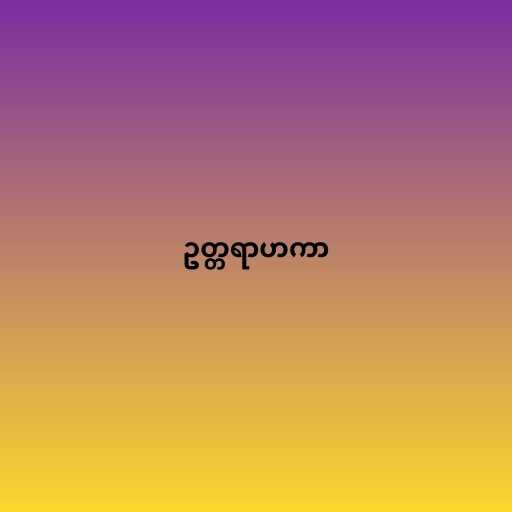
ဥတ္တရာဟကာ